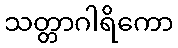
သတ္တာဂါရိကော